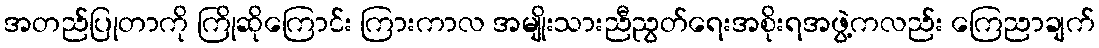
အတည်ပြုတာကို ကြိုဆိုကြောင်း ကြားကာလ အမျိုးသားညီညွတ်ရေးအစိုးရအဖွဲ့ကလည်း ကြေညာချက်